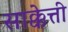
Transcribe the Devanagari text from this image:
साक्केत्ती